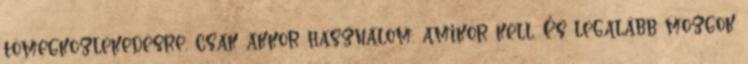
tömegközlekedésre, csak akkor használom, amikor kell. És legalább mozgok